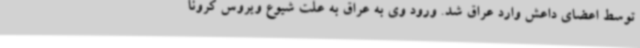
توسط اعضای داعش وارد عراق شد. ورود وی به عراق به علت شیوع ویروس کرونا